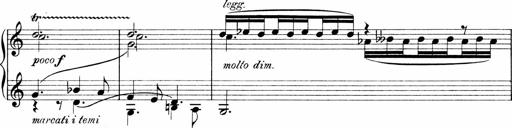
Title: Sonatina No.1
Composer: Otto Stoll
Key: C major